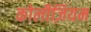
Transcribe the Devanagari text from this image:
कोलीज़ियम